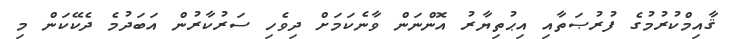
ޤާއިމްކުރުމުގެ ފުރުޞަތާއި އިޙުތިޔާރު އޮންނަން ވާނެކަމަށް ދިވެހި ސަރުކާރުން އަބަދުމެ ދެކޭކަން މި